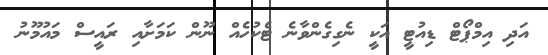
އަދި އިމްޕޯޓް ޑިއުޓީ އަކީ ނެގިގެންވާނެ ޓެކުހެއް ނޫން ކަމަށާއި ރައީސް މައުމޫނު